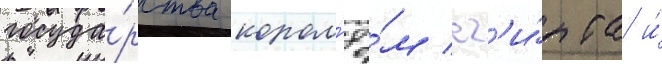
госуда́рства корол'ё́м ег'и́пта и́